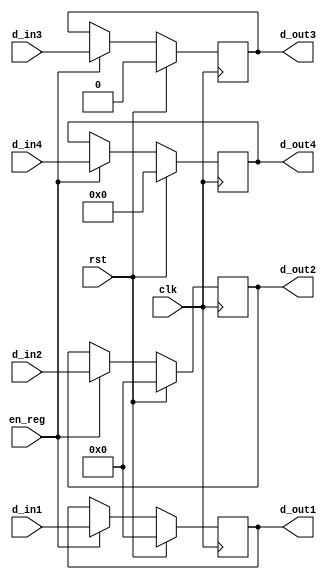
module reg_IF2ID ( clk, rst, en_reg, d_in1, d_in2, d_in3, d_in4, d_out1, d_out2, d_out3, d_out4 );
    input clk, rst, en_reg, d_in3;
	input [6:0]d_in4;
    input [31:0] d_in1, d_in2;
	
	output reg d_out3;
	output reg [6:0] d_out4;
    output reg [31:0] d_out1, d_out2;
	
    always @( posedge clk ) begin
        if ( rst ) begin
			d_out1 <= 32'b0;
			d_out2 <= 32'b0;
			d_out3 <= 1'b0;
			d_out4 <= 7'b0;
		end	
        else if ( en_reg ) begin
			d_out1 <= d_in1;
			d_out2 <= d_in2;
			d_out3 <= d_in3;
			d_out4 <= d_in4;
		end	
    end

endmodule